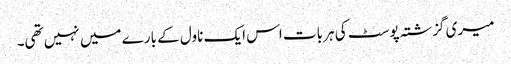
میری گزشتہ پوسٹ کی ہر بات اس ایک ناول کے بارے میں نہیں تھی۔